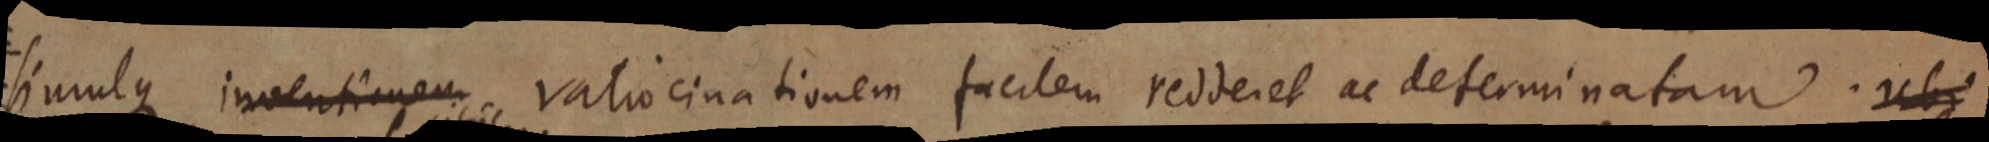
simulque inventionem ratiocinationem facilem redderet ac determinatam. ubi